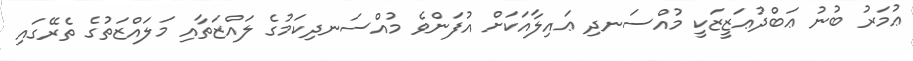
ޢުމަރު ބުނު ޢަބްދުޢަޒީޒަކީ މުއްސަނދި ޢައިލާއަކަށް އުފަންވެ މުއްސަނދިކަމުގެ ލައްޒަތާއި މަލައްޒަތުގެ ތެރޭގައި